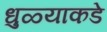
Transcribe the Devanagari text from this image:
धुळ्याकडे